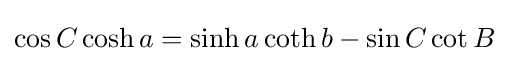
\cos C\cosh a=\sinh a\coth b-\sin C\cot B